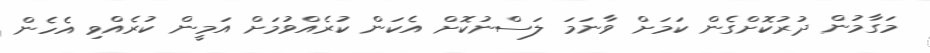
މަގާމުން ދުރުކޮށްގެން ކަމަށް ވާނަމަ ލަސްނުކޮށް އެކަން ކުރެއްވުމަށް އަމީން ކުރެއްވި އެހެން